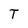
Character: T